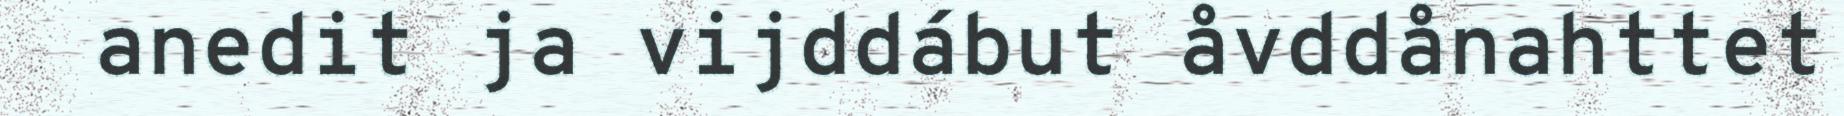
anedit ja vijddábut åvddånahttet